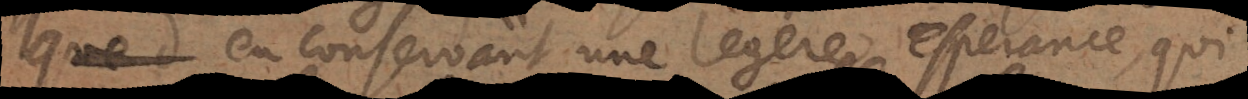
en conservant une legere esperance, qui